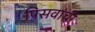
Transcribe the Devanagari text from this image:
पिसवांची